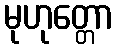
မုဟုတ္တော